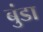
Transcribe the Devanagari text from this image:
बुंडा